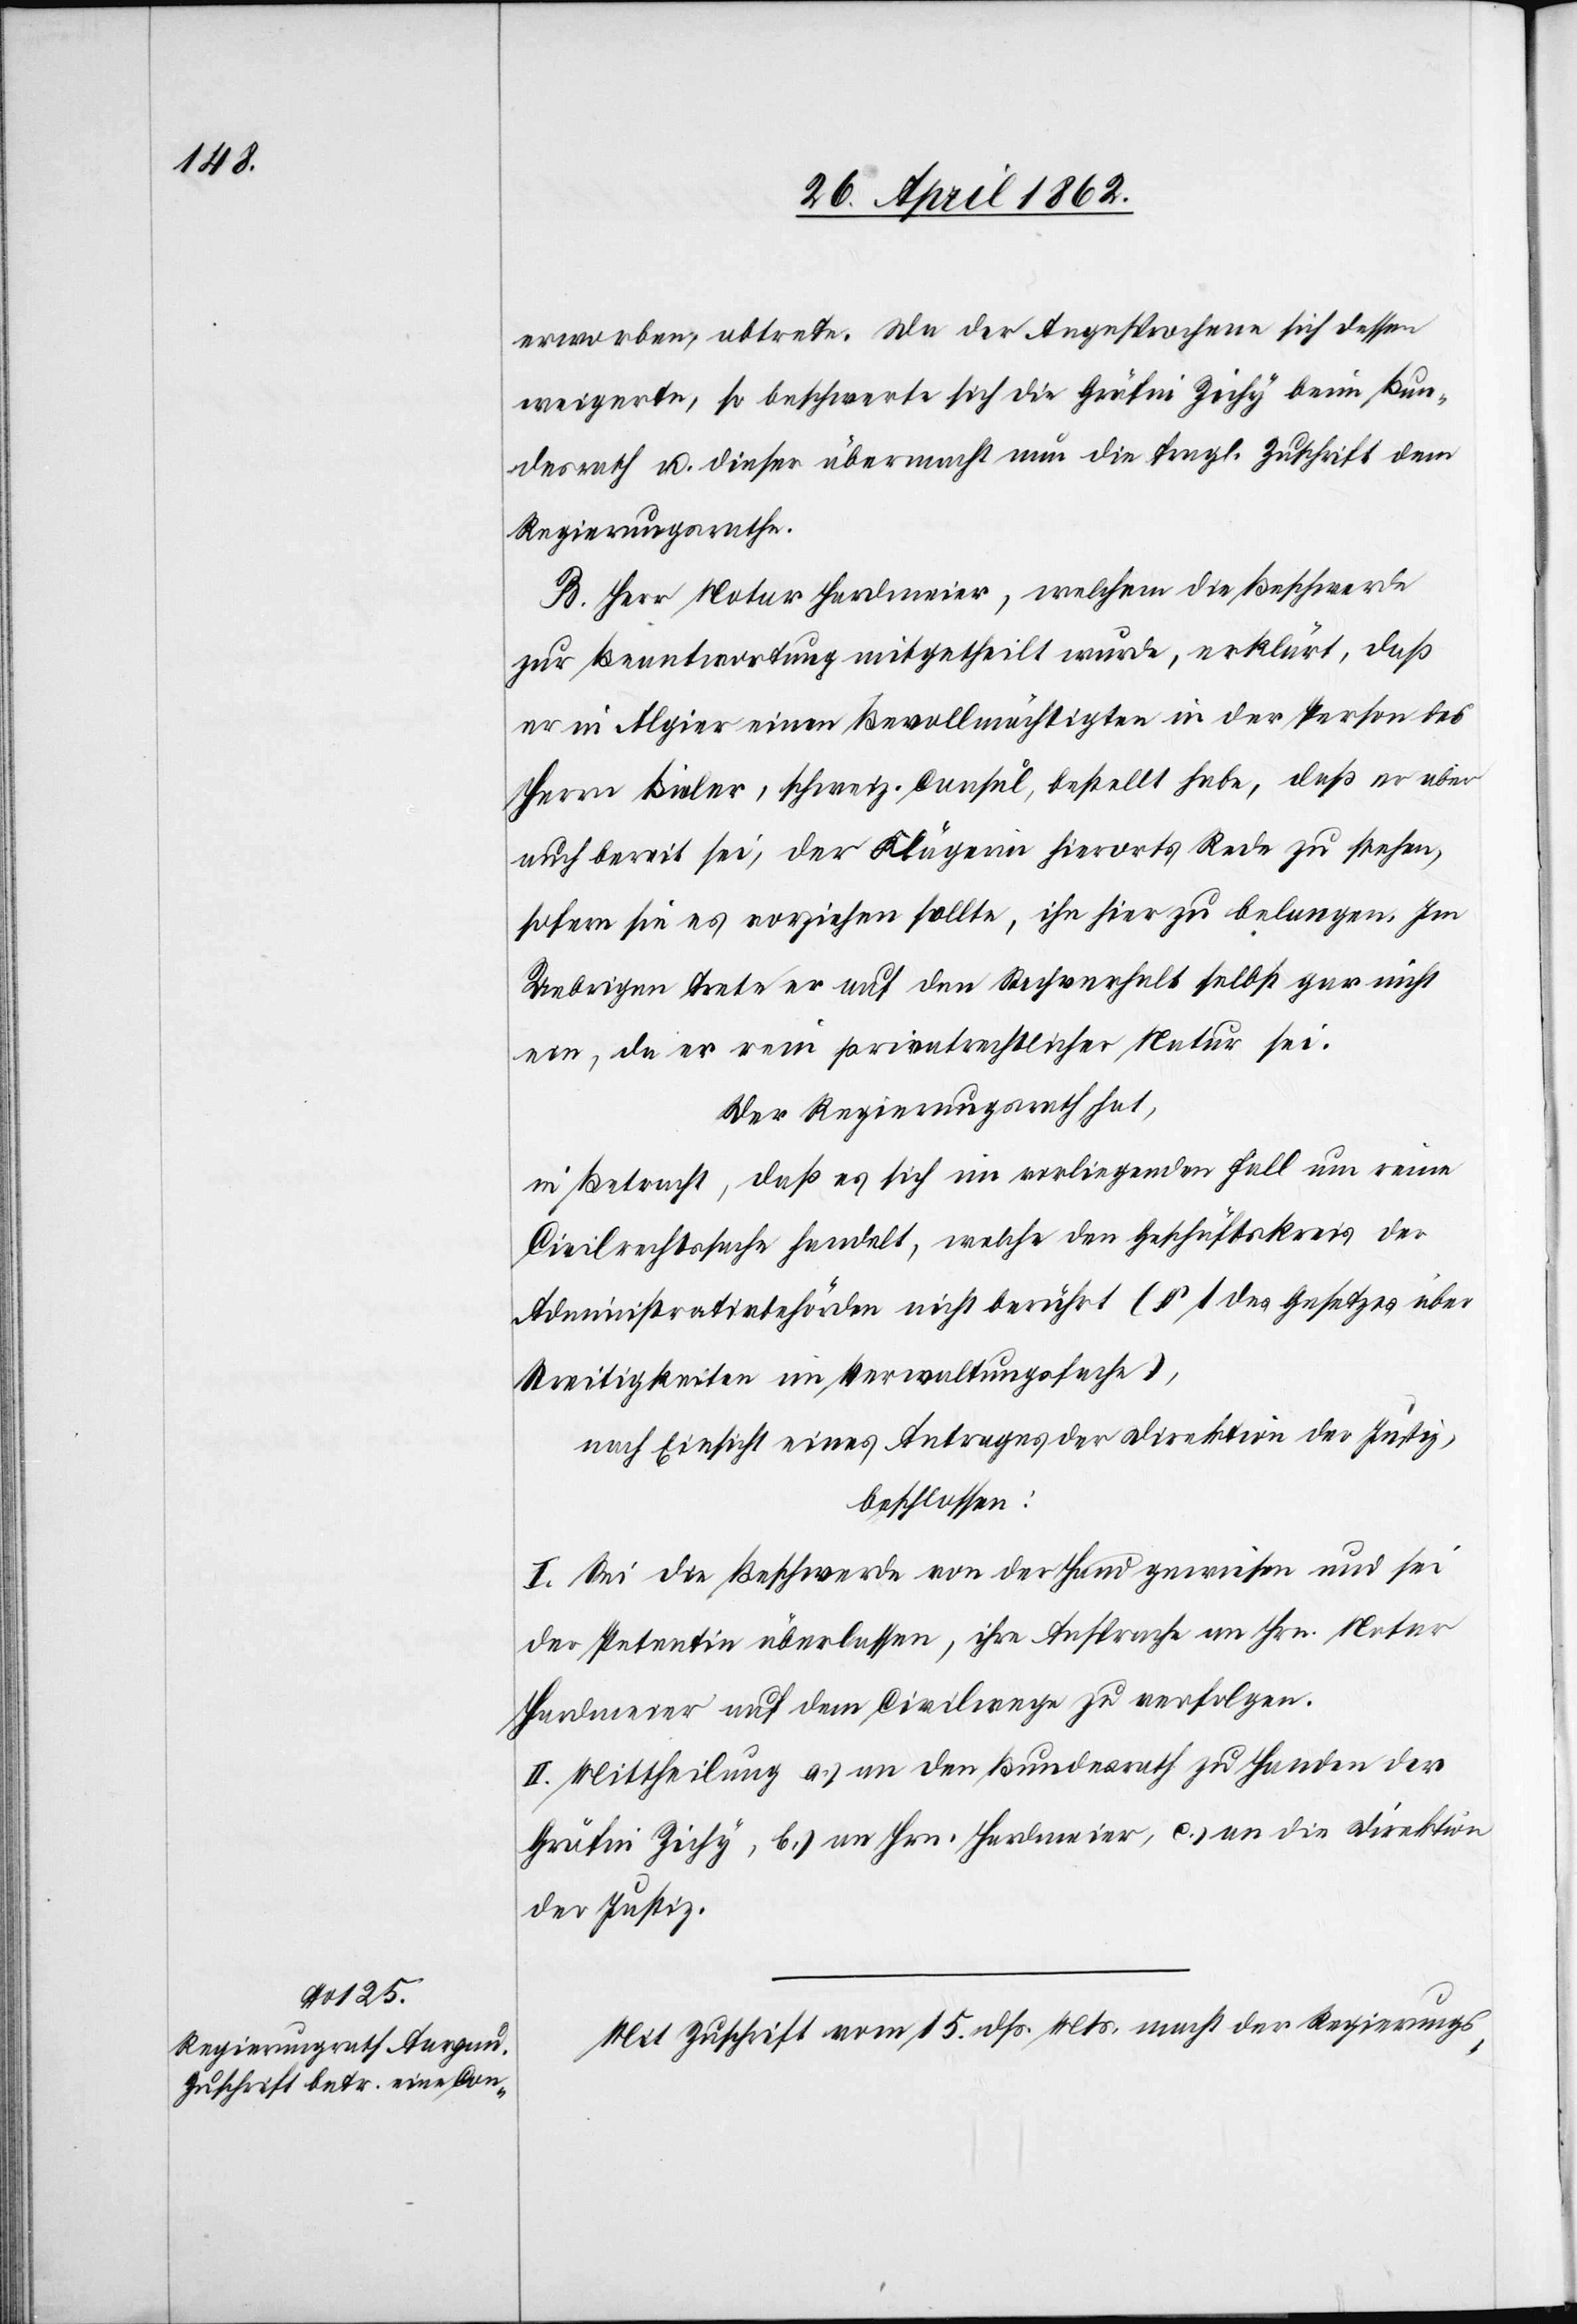
erworben, abtrete. Da der Angesprochene sich dessen
weigerte, so beschwerte sich die Gräfin Zichy beim Bun¬
desrath u. dieser übermacht nun die fragl. Zuschrift dem
Regierungsrathe.
B. Herr Notar Hardmeier, welchem die Beschwerde
zur Beantwortung mitgetheilt wurde, erklärt, daß
er in Algier einen Bevollmächtigten in der Person des
Herrn Bieler, schweiz. Consul, bestellt habe, daß er aber
auch bereit sei, der Klägerin hierorts Rede zu stehen,
sofern sie es vorziehen sollte, ihn hier zu belangen. Im
Uebrigen trete er auf den Sachverhalt selbst gar nicht
ein, da er rein privatrechtlicher Natur sei.
Der Regierungsrath hat,
in Betracht, daß es sich im vorliegenden Fall um reine
Civilrechtssache handelt, welche den Geschäftskreis der
Administrativbehörden nicht berührt (§ 1 des Gesetzes über
Streitigkeiten im Verwaltungsfache),
nach Einsicht eines Antrages der Direktion der Justiz,
beschlossen:
I. Sei die Beschwerde von der Hand gewiesen und sei
der Petentin überlassen, ihre Ansprache an Hrn. Notar
Hardmeier auf dem Civilwege zu verfolgen.
II. Mittheilung a) an den Bundesrath zu Handen der
Gräfin Zichy, b) an Hrn. Hardmeier, c) an die Direktion
der Justiz.
Mit Zuschrift vom 15. dß. Mts. macht der Regierungs-